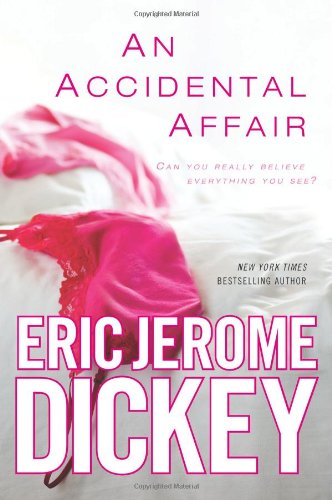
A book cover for An Accidental Affair; Eric Jerome Dickey; Romance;